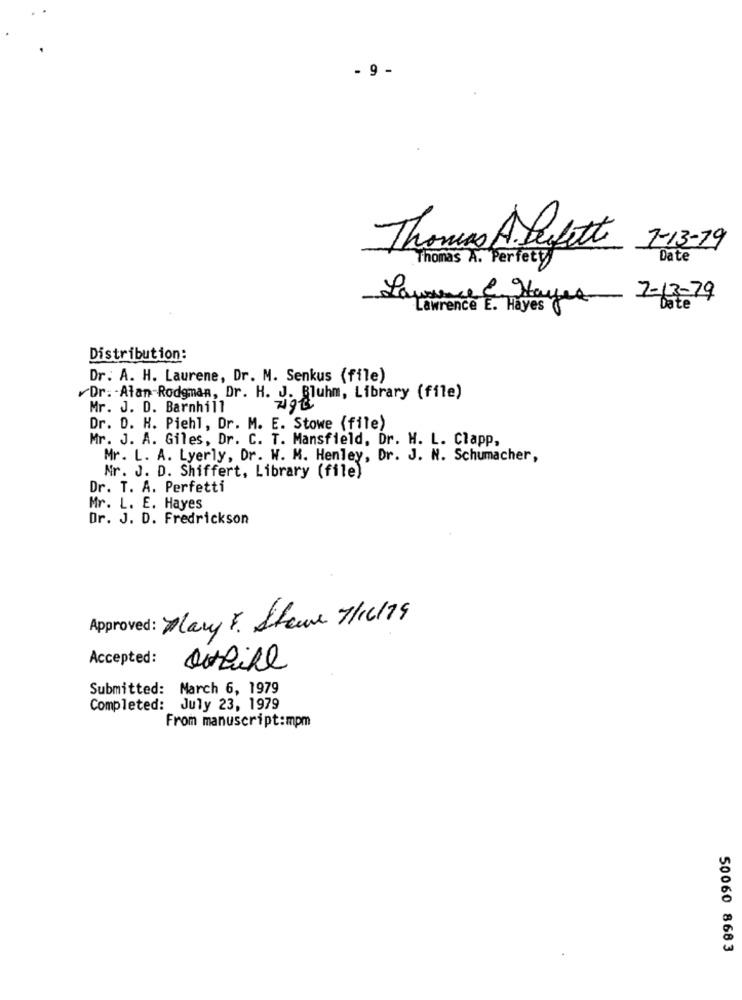
- 9 -
Thomas A. Sefett
7-13-19
Thomas A. Perfett
Date
50
Lawrence & Hayes
7-13-79
Lawrence E. Hayes (
Date
Distribution:
Dr. A. H. Laurene, Dr. M. Senkus (file)
Dr: - Atan-Rodgman, Dr. H. J. Bluhm, Library (file)
Mr. J. D. Barnhill
Dr. D. H. Piehl, Dr. M. E. Stowe (file)
Mr. J. A. Giles, Dr. C. T. Mansfield, Dr. H. L. Clapp,
Mr. L. A. Lyerly, Dr. W. M. Henley, Dr. J. N. Schumacher,
Nr. J. D. Shiffert, Library (file)
Dr. T. A. Perfetti
Mr. L. E. Hayes
Dr. J. D. Fredrickson
Approved: Mary F. Steve 7/12/19
Accepted:
Submitted: March 6, 1979
Completed: July 23, 1979
From manuscript:mpm
50060 8683